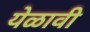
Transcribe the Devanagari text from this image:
येळावी